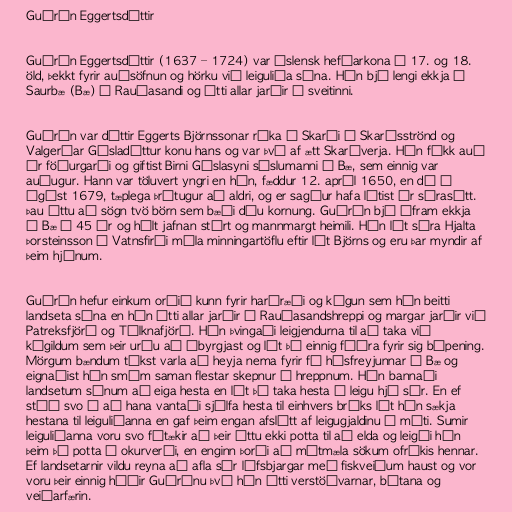
Guðrún Eggertsdóttir

Guðrún Eggertsdóttir (1637 – 1724) var íslensk hefðarkona á 17. og 18.
öld, þekkt fyrir auðsöfnun og hörku við leiguliða sína. Hún bjó lengi ekkja í
Saurbæ (Bæ) á Rauðasandi og átti allar jarðir í sveitinni.

Guðrún var dóttir Eggerts Björnssonar ríka á Skarði á Skarðsströnd og
Valgerðar Gísladóttur konu hans og var því af ætt Skarðverja. Hún fékk auð
úr föðurgarði og giftist Birni Gíslasyni sýslumanni í Bæ, sem einnig var
auðugur. Hann var töluvert yngri en hún, fæddur 12. apríl 1650, en dó í
ágúst 1679, tæplega þrítugur að aldri, og er sagður hafa látist úr sárasótt.
Þau áttu að sögn tvö börn sem bæði dóu kornung. Guðrún bjó áfram ekkja
í Bæ í 45 ár og hélt jafnan stórt og mannmargt heimili. Hún lét séra Hjalta
Þorsteinsson í Vatnsfirði mála minningartöflu eftir lát Björns og eru þar myndir af
þeim hjónum.

Guðrún hefur einkum orðið kunn fyrir harðræði og kúgun sem hún beitti
landseta sína en hún átti allar jarðir í Rauðasandshreppi og margar jarðir við
Patreksfjörð og Tálknafjörð. Hún þvingaði leigjendurna til að taka við
kúgildum sem þeir urðu að ábyrgjast og lét þá einnig fóðra fyrir sig búpening.
Mörgum bændum tókst varla að heyja nema fyrir fé húsfreyjunnar í Bæ og
eignaðist hún smám saman flestar skepnur í hreppnum. Hún bannaði
landsetum sínum að eiga hesta en lét þá taka hesta á leigu hjá sér. En ef
stóð svo á að hana vantaði sjálfa hesta til einhvers brúks lét hún sækja
hestana til leiguliðanna en gaf þeim engan afslátt af leigugjaldinu á móti. Sumir
leiguliðanna voru svo fátækir að þeir áttu ekki potta til að elda og leigði hún
þeim þá potta á okurverði, en enginn þorði að mótmæla sökum ofríkis hennar.
Ef landsetarnir vildu reyna að afla sér lífsbjargar með fiskveiðum haust og vor
voru þeir einnig háðir Guðrúnu því hún átti verstöðvarnar, bátana og
veiðarfærin.